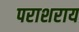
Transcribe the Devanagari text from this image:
पराशराय